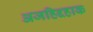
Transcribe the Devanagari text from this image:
अजहिद्दहाक